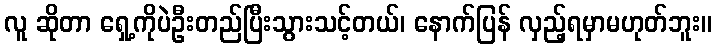
လူ ဆိုတာ ရှေ့ကိုပဲဦးတည်ပြီးသွားသင့်တယ်၊ နောက်ပြန် လှည့်ရမှာမဟုတ်ဘူး။